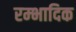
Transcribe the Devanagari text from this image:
रम्‍भादिक